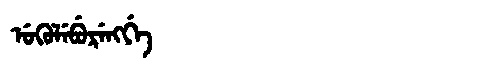
Manchu: ᡠᡴᡠᠯᡝᠪᡠᡵᡝᠩᡤᡝ
Romanization: UKULEBURENGGE